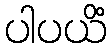
ပါပယိံ